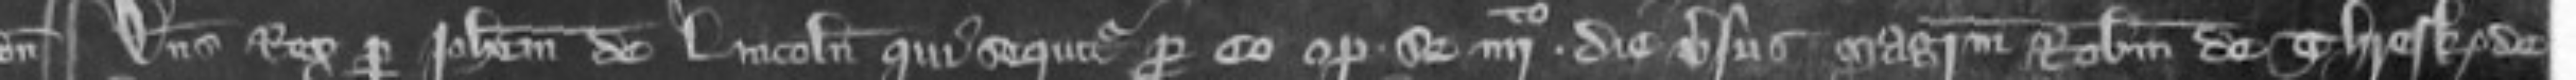
¶ Dominus Rex per Johannem de Lincoln qui sequitur pro eo optulit se quarto die versus magistrum Robertum de Thresk de